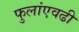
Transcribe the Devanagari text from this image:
फुलांएवढी